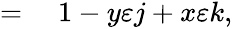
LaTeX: \begin{array}{rl}{={}}&{{}1-y\varepsilon j+x\varepsilon k,}\end{array}